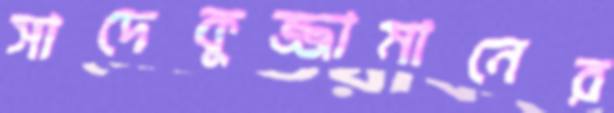
সাদেকুজ্জামানের